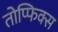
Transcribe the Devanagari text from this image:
तोप्फिक्स